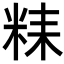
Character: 𥹯